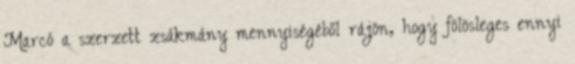
Marcó a szerzett zsákmány mennyiségéből rájön, hogy fölösleges ennyi